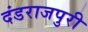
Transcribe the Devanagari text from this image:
दंडराजपुरी